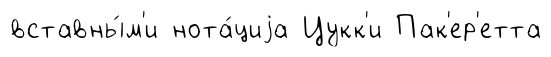
вставны́м'и нота́циjа Цукк'и Пак'ер'етта